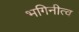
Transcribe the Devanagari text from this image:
भगिनीत्व